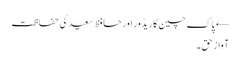
← پاک چین کاریڈور اور حافظ سعید کی حفاظت
آواز حق ۔